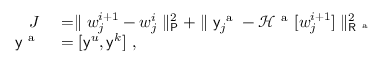
\begin{array} { r l } { J } & { { } = \parallel \boldsymbol { w } _ { j } ^ { i + 1 } - \boldsymbol { w } _ { j } ^ { i } \parallel _ { \mathsf { P } } ^ { 2 } + \parallel \mathsf { y } _ { j } ^ { \mathrm { ~ a ~ } } - \mathcal { H } ^ { \mathrm { ~ a ~ } } [ \boldsymbol { w } _ { j } ^ { i + 1 } ] \parallel _ { \mathsf { R } ^ { \mathrm { ~ a ~ } } } ^ { 2 } } \\ { \mathsf { y } ^ { \mathrm { ~ a ~ } } } & { { } = [ \mathsf { y } ^ { u } , \mathsf { y } ^ { k } ] \mathrm { ~ , ~ } } \end{array}